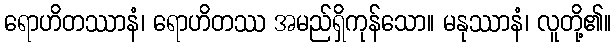
ရောဟိတဿာနံ၊ ရောဟိတဿ အမည်ရှိကုန်သော။ မနုဿာနံ၊ လူတို့၏။